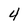
Character: 4